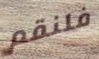
فلنقم